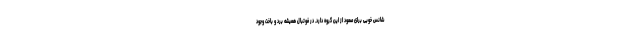
شانس خوبی برای صعود از این گروه دارد. در فوتبال همیشه برد و باخت وجود